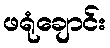
ဖရုံချောင်း